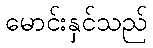
မောင်းနှင်သည်